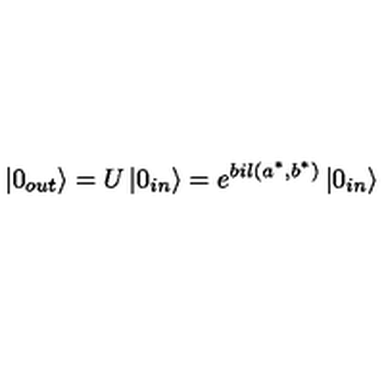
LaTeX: \left| 0 _ { o u t } \right\rangle = U \left| 0 _ { i n } \right\rangle = e ^ { b i l ( a ^ { * } , b ^ { * } ) } \left| 0 _ { i n } \right\rangle